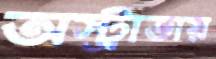
অস্ট্রাভায়